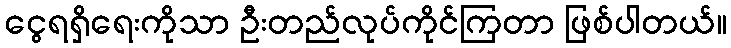
ငွေရရှိရေးကိုသာ ဦးတည်လုပ်ကိုင်ကြတာ ဖြစ်ပါတယ်။